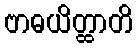
ဗာဓယိတ္ထာတိ